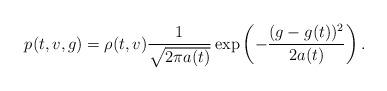
LaTeX: \begin{align*} p(t,v,g)=\rho(t,v)\frac{1}{\sqrt{2\pi a(t)}}\exp\left(-\frac{(g-g_{}(t))^2}{2a(t)}\right).\end{align*}